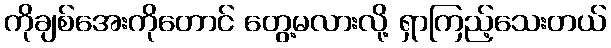
ကိုချစ်အေးကိုတောင် တွေ့မလားလို့ ရှာကြည့်သေးတယ်